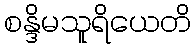
စန္ဒိမသူရိယေတိ